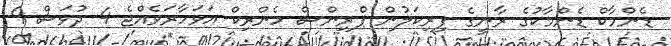
ޑެންމާކް ޑެންމާކުގެ ރާނީގެ ފިރިކަލުން ޕްރިންސް ހެންރިކް އަވަހާރަވެއްޖެ 4 ދުވަސް 9